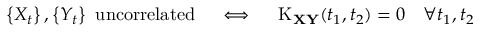
\left\{ X _ { t } \right\} , \left\{ Y _ { t } \right\} { \mathrm { ~ u n c o r r e l a t e d } } \quad \iff \quad \operatorname { K } _ { \mathbf { X } \mathbf { Y } } ( t _ { 1 } , t _ { 2 } ) = 0 \quad \forall t _ { 1 } , t _ { 2 }